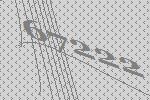
67222